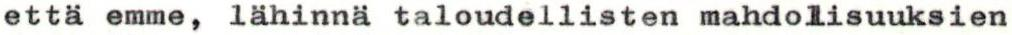
että emme, lähinnä taloudellisten mahdollisuuksien